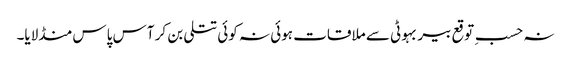
نہ حسبِ توقع بیر بہوٹی سے ملاقات ہوئی نہ کوئی تتلی بن کر آس پاس منڈلایا۔